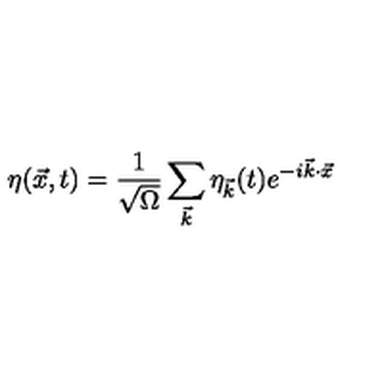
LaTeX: \eta ( \vec { x } , t ) = \frac { 1 } { \sqrt { \Omega } } \sum _ { \vec { k } } \eta _ { \vec { k } } ( t ) e ^ { - i \vec { k } \cdot \vec { x } }